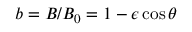
b = B / B _ { 0 } = 1 - \epsilon \cos \theta